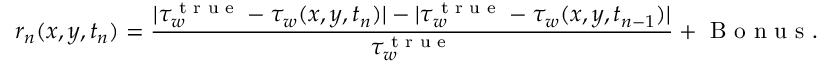
r _ { n } ( x , y , t _ { n } ) = \frac { | \tau _ { w } ^ { \textrm { t r u e } } - \tau _ { w } ( x , y , t _ { n } ) | - | \tau _ { w } ^ { \textrm { t r u e } } - \tau _ { w } ( x , y , t _ { n - 1 } ) | } { \tau _ { w } ^ { \textrm { t r u e } } } + \textrm { B o n u s } .